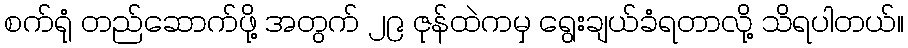
စက်ရုံ တည်ဆောက်ဖို့ အတွက် ၂၉ ဇုန်ထဲကမှ ရွေးချယ်ခံရတာလို့ သိရပါတယ်။